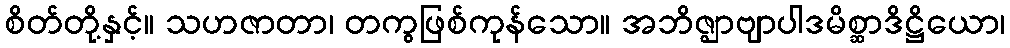
စိတ်တို့နှင့်။ သဟဇာတာ၊ တကွဖြစ်ကုန်သော။ အဘိဇ္ဈာဗျာပါဒမိစ္ဆာဒိဋ္ဌိယော၊